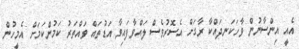
އެއީ އިންސާނުން ވާހަކަނދައްކާ ރާގަށް އެސޮރުވެސް ލައްވާފައިވާ އަޑުތައް ވައްތަރު ކަމުންކަމަށް އެމީހުން